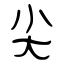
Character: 尖